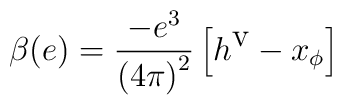
\beta (e)=\frac{-e^{3}}{\left( 4\pi \right) ^{2}}\left[ h^{\textrm{v}}-x_{\phi }\right]